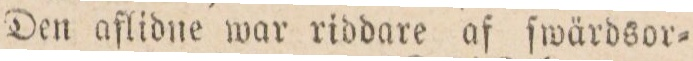
Den aflidne war riddare af ſwärdsor=